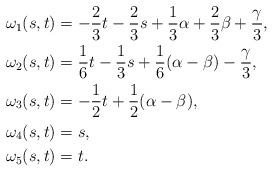
LaTeX: \begin{align*}\omega_1(s,t) &= -\frac{2}{3}t - \frac{2}{3}s + \frac{1}{3}\alpha + \frac{2}{3}\beta + \frac{\gamma}{3},\\\omega_2(s,t) &= \frac{1}{6}t - \frac{1}{3}s + \frac{1}{6}(\alpha - \beta) - \frac{\gamma}{3},\\\omega_3(s,t) &= -\frac{1}{2}t + \frac{1}{2}(\alpha - \beta),\\\omega_4(s,t) &= s,\\\omega_5(s,t) &= t.\end{align*}